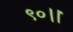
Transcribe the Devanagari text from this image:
९०।।